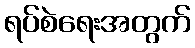
ရပ်စဲရေးအတွက်